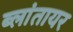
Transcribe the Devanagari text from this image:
ब्लांतायर